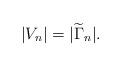
LaTeX: \begin{align*}|V_n|=|\widetilde{\Gamma}_n|.\end{align*}